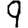
Digit: 9